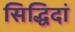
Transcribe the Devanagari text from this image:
सिद्धिदां